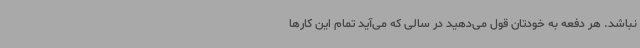
نباشد. هر دفعه به خودتان قول می‌دهید در سالی که می‌آید تمام این کارها